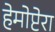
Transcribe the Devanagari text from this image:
हेमोप्टेरा